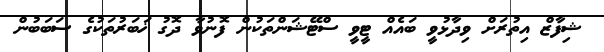
ޝިފާޒް އިތުރަށް ވިދާޅުވީ ބައެއް ޓީވީ ސްޓޭޝަންތަކުން ފޮނުވާ ދޮގު ޚަބަރުތަކުގެ ސަބަބުން